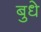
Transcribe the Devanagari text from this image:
बुधे